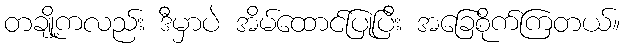
တချို့ကလည်း ဒီမှာပဲ အိမ်ထောင်ပြုပြီး အခြေစိုက်ကြတယ်။